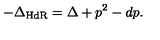
- \Delta _ { \mathrm { H d R } } = \Delta + p ^ { 2 } - d p .